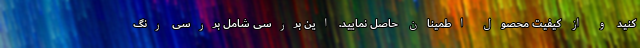
کنید و از کیفیتِ محصول اطمینان حاصل نمایید. این بررسی شامل بررسی رنگ